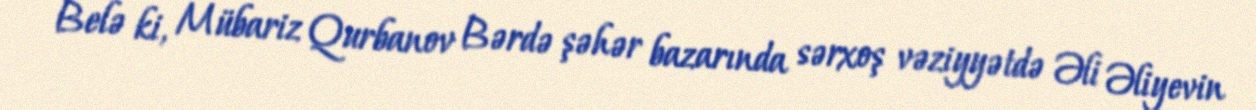
Belə ki, Mübariz Qurbanov Bərdə şəhər bazarında sərxoş vəziyyətdə Əli Əliyevin